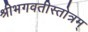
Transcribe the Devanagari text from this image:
श्रीभगवतीस्तोत्रम्